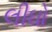
લીઘો